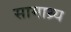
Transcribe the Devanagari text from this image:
सामाथ्र्य